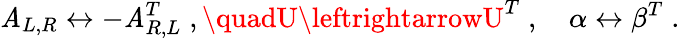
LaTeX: \mathit{A}_{L,R}\leftrightarrow-\mathit{A}_{R,L}^{T}\; ,\quadU\leftrightarrowU^{T}\; ,\quad\alpha\leftrightarrow\beta^{T}\; .